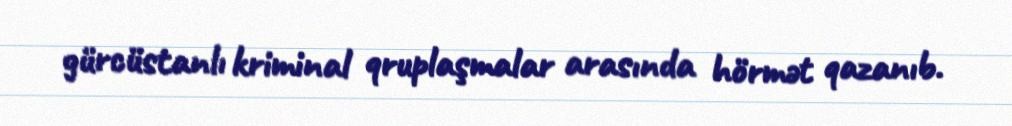
gürcüstanlı kriminal qruplaşmalar arasında hörmət qazanıb.